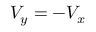
V _ { y } = - V _ { x }